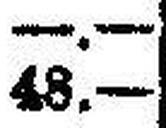
48.—